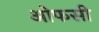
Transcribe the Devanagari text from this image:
ओफसी